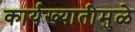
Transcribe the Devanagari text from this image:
कार्यख्यातीमुळे